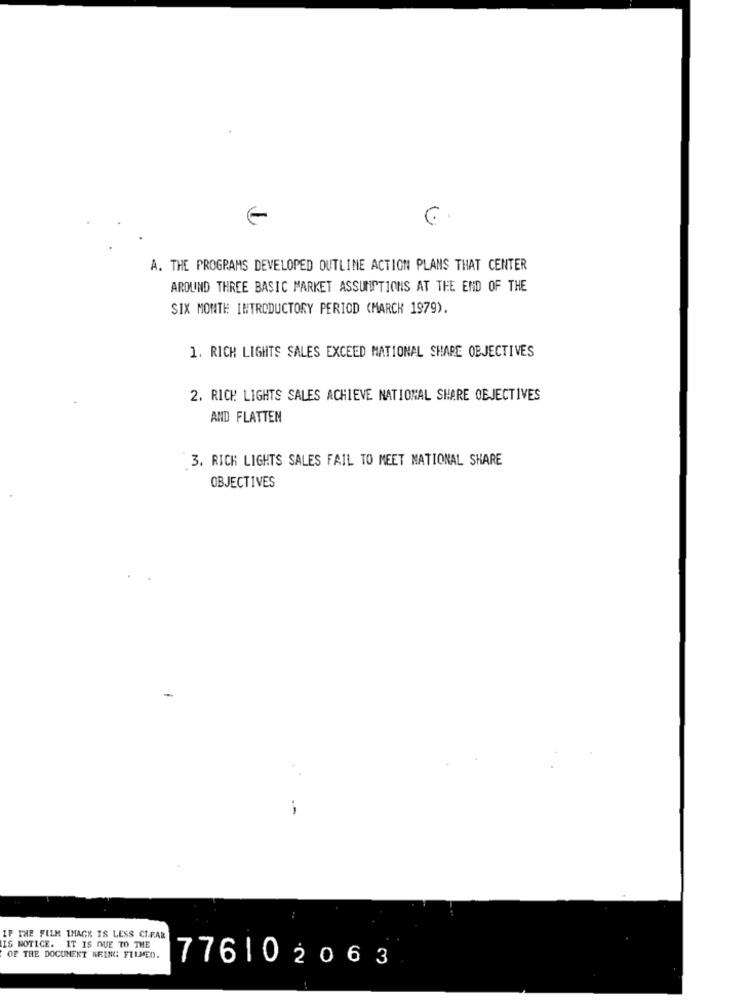
A. THE PROGRAMS DEVELOPED OUTLINE ACTION PLANS THAT CENTER
AROUND THREE BASIC MARKET ASSUMPTIONS AT THE END OF THE
SIX MONTH INTRODUCTORY PERIOD (MARCH 1979).
1. RICH LIGHTS SALES EXCEED MATIONAL SHARE OBJECTIVES
2. RICH LIGHTS SALES ACHIEVE NATIONAL SHARE OBJECTIVES
AND FLATTEN
3. RICH LIGHTS SALES FAIL TO MEET NATIONAL SHARE
OBJECTIVES
THE FILM THACK IS LESS CIFAR
IS NOTICE. IT IS DUE TO THE
OF THE DOCUMENT KRING FILMED.
776102063